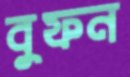
বুফন